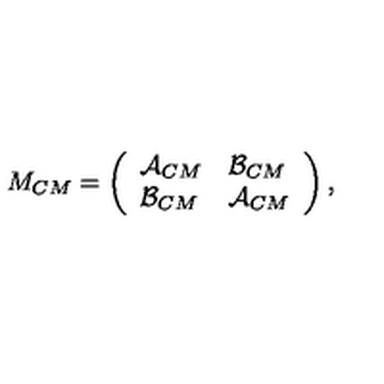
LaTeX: M _ { C M } = \left( \begin{array} { l l } { \mathcal { A } _ { C M } } & { \mathcal { B } _ { C M } } \\ { \mathcal { B } _ { C M } } & { \mathcal { A } _ { C M } } \\ \end{array} \right) ,